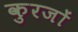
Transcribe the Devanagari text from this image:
कुरजों